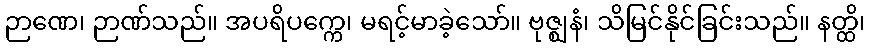
ဉာဏေ၊ ဉာဏ်သည်။ အပရိပက္ကေ၊ မရင့်မာခဲ့သော်။ ဗုဇ္ဈနံ၊ သိမြင်နိုင်ခြင်းသည်။ နတ္ထိ၊